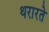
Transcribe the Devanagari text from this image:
थरारते